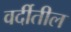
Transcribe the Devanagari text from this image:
वर्दीतील